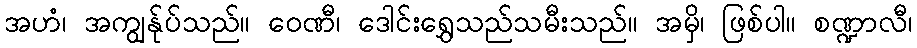
အဟံ၊ အကျွန်ုပ်သည်။ ဝေဏီ၊ ဒေါင်းရွှေသည်သမီးသည်။ အမှိ၊ ဖြစ်ပါ။ စဏ္ဍာလီ၊